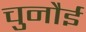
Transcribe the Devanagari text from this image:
चुनौई